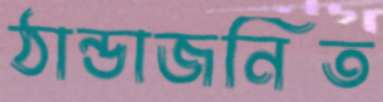
ঠান্ডাজনিত